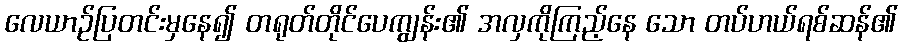
လေယာဉ်ပြတင်းမှနေ၍ တရုတ်တိုင်ပေကျွန်း၏ အလှကိုကြည့်နေ သော တပ်ဟယ်ရစ်ဆန်၏